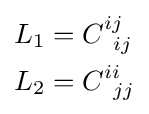
{\begin{aligned}L_{1}&=C_{\,\,\,ij}^{ij}\\L_{2}&=C_{\,\,\,jj}^{ii}\end{aligned}}